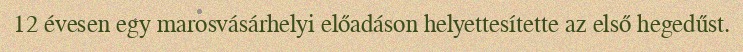
12 évesen egy marosvásárhelyi előadáson helyettesítette az első hegedűst.